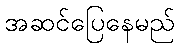
အဆင်ပြေနေမည်